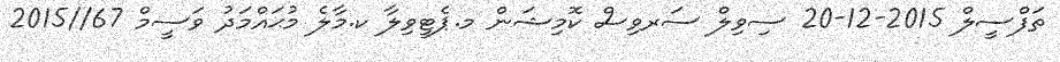
ތަފްސީލް 2015-12-20 ސިވިލް ސަރވިސް ކޮމިޝަން މ.ޕެޓީވިލާ ކ.މާލެ މުޙައްމަދު ވަސީމް 67//2015